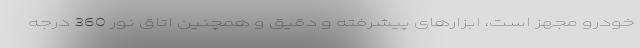
خودرو مجهز است، ابزارهای پیشرفته و دقیق و همچنین اتاق نور 360 درجه